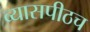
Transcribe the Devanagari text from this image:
व्यासपीठच